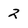
Character: 2